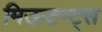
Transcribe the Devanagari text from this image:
मिऊटन्ट्स